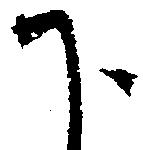
下